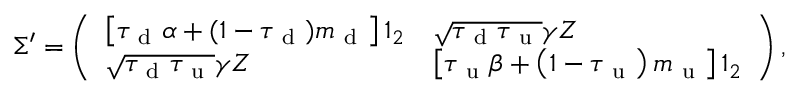
\Sigma ^ { \prime } = \left( \begin{array} { l l } { \left[ \tau _ { \mathrm { ~ d ~ } } \alpha + ( 1 - \tau _ { \mathrm { ~ d ~ } } ) m _ { \mathrm { ~ d ~ } } \right] \mathbb { 1 } _ { 2 } } & { \sqrt { \tau _ { \mathrm { ~ d ~ } } \tau _ { \mathrm { ~ u ~ } } } \gamma Z } \\ { \sqrt { \tau _ { \mathrm { ~ d ~ } } \tau _ { \mathrm { ~ u ~ } } } \gamma Z } & { \left[ \tau _ { \mathrm { ~ u ~ } } \beta + \left( 1 - \tau _ { \mathrm { ~ u ~ } } \right) m _ { \mathrm { ~ u ~ } } \right] \mathbb { 1 } _ { 2 } } \end{array} \right) ,